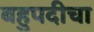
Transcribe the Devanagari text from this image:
बहुपदीचा